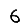
Digit: 6